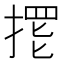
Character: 𱠙